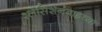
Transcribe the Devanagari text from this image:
श्लेसिशेनबाह्नच्या